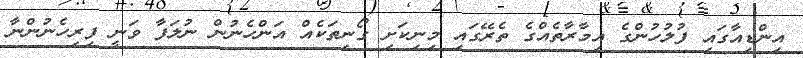
އިންޑިއާގައި ފުލުހުންގެ އިމާރާތެއްގެ ތެރޭގައި މިނިކަށި ގޯނިތަކެއް އަންހެނުން ނުލަފާ ވަނީ ފިރިހެނުންނާ